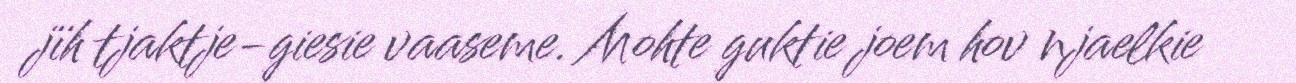
jïh tjaktje-giesie vaaseme. Mohte guktie joem hov njaelkie